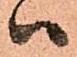
ハ